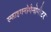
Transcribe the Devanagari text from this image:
स्फाइगनोमैनोमीटर